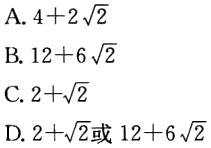
A. \(4 + 2\sqrt{2}\)

B. \(12 + 6\sqrt{2}\)

C. \(2+\sqrt{2}\)

D. \(2+\sqrt{2}\)或\(12 + 6\sqrt{2}\)